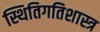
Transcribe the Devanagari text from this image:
स्थितिगतिशास्त्र